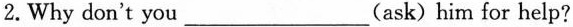
2.Why don't you ___ (ask) him for help?